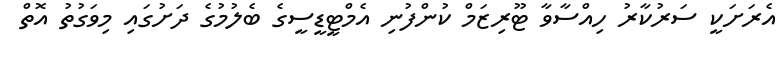
އެރަށަކީ ސަރުކާރު ހިއްސާވާ ޓޫރިޒަމް ކުންފުނި އެމްޓީޑީސީގެ ބެލުމުގެ ދަށުގައި މިވަގުތު އޮތް